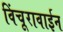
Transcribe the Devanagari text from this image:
विंचूरावाईन